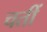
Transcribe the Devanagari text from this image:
चतीं